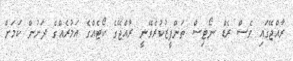
ރާއްޖޭގައި ވެސް ރެޑް ނޯޓިސް ތަންފީޒުކުރެވޭނީ ރާއްޖޭގެ ކޯޓެއްގެ އަމުރެއްގެ ދަށުން ކަމަށް